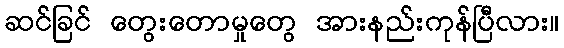
ဆင်ခြင် တွေးတောမှုတွေ အားနည်းကုန်ပြီလား။